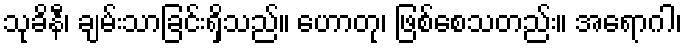
သုခိနီ၊ ချမ်းသာခြင်းရှိသည်။ ဟောတု၊ ဖြစ်စေသတည်း။ အရောဂါ၊